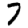
Digit: 7